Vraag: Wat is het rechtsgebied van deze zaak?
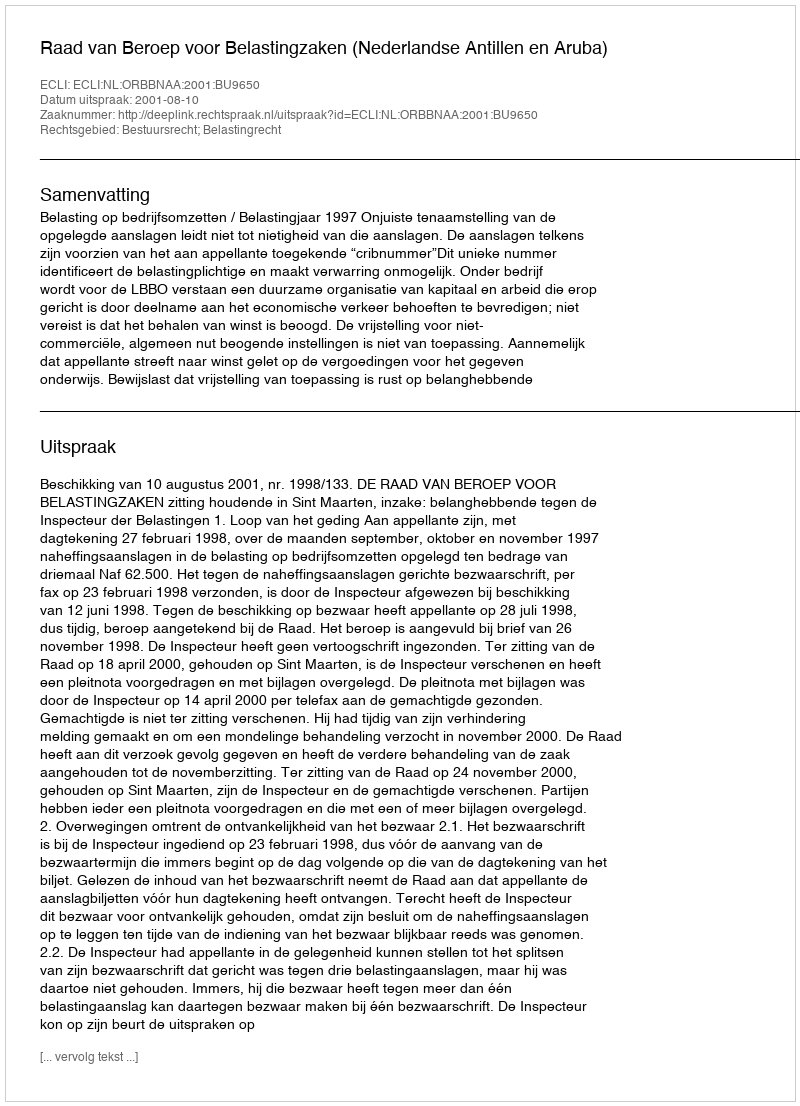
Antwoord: Bestuursrecht; Belastingrecht